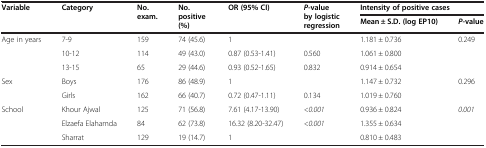
| <ROWSPAN=2> Variable | <ROWSPAN=2> Category | <ROWSPAN=2> No. exam. | <ROWSPAN=2> No. positive (%) | <ROWSPAN=2> OR (95% CI) | <ROWSPAN=2> P-value by logistic regression | <COLSPAN=2> Intensity of positive cases |
 | Mean ± S.D. (log EP10) | P-value |
 | --- | --- | --- | --- | --- | --- | --- | --- |
 | <ROWSPAN=3> Age in years | 7-9 | 159 | 74 (45.6) | 1 |  | 1.181 ± 0.736 | <ROWSPAN=3> 0.249 |
 | 10-12 | 114 | 49 (43.0) | 0.87 (0.53-1.41) | 0.560 | 1.061 ± 0.800 |
 | 13-15 | 65 | 29 (44.6) | 0.93 (0.52-1.65) | 0.832 | 0.914 ± 0.654 |
 | <ROWSPAN=2> Sex | Boys | 176 | 86 (48.9) | 1 |  | 1.147 ± 0.732 | <ROWSPAN=2> 0.296 |
 | Girls | 162 | 66 (40.7) | 0.72 (0.47-1.11) | 0.134 | 1.019 ± 0.760 |
 | <ROWSPAN=3> School | Khour Ajwal | 125 | 71 (56.8) | 7.61 (4.17-13.90) | <0.001 | 0.936 ± 0.824 | <ROWSPAN=3> 0.001 |
 | Elzaefa Elahamda | 84 | 62 (73.8) | 16.32 (8.20-32.47) | <0.001 | 1.355 ± 0.634 |
 | Sharrat | 129 | 19 (14.7) | 1 |  | 0.810 ± 0.483 |